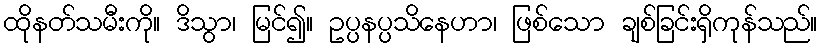
ထိုနတ်သမီးကို။ ဒိသွာ၊ မြင်၍။ ဥပ္ပနပ္ပသိနေဟာ၊ ဖြစ်သော ချစ်ခြင်းရှိကုန်သည်။